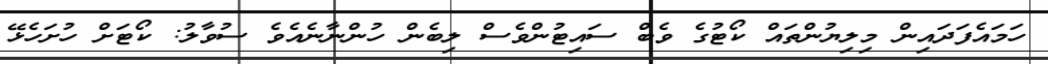
ހަމައެފަދައިން މިލިޔުންތައް ކޯޓުގެ ވެބް ސައިޓުންވެސް ލިބެން ހުންނާނެއެވެ ސުވާލު: ކޯޓަށް ހުށަހެޅޭ